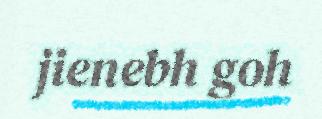
jienebh goh